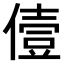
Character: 𠍼